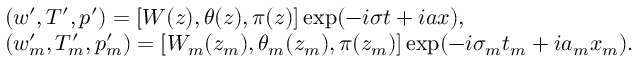
\begin{array} { r l } & { ( w ^ { \prime } , T ^ { \prime } , p ^ { \prime } ) = [ W ( z ) , \theta ( z ) , \pi ( z ) ] \exp ( - i \sigma t + i a x ) , } \\ & { ( { w } _ { m } ^ { \prime } , { T } _ { m } ^ { \prime } , p _ { m } ^ { \prime } ) = [ { W } _ { m } ( z _ { m } ) , \theta _ { m } ( z _ { m } ) , \pi ( z _ { m } ) ] \exp ( - i \sigma _ { m } t _ { m } + i a _ { m } x _ { m } ) . } \end{array}